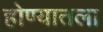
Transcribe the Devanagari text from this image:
होण्यातला